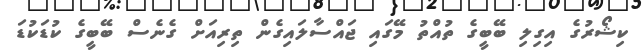
ކިޝޯރުގެ އިގިލި ބޭބީގެ ތުއްތު މޭގައި ޖައްސާލައިގެން ތިރިއަށް ގެނެސް ބޭބީގެ ކުޑަކުޑަ